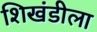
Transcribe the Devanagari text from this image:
शिखंडीला